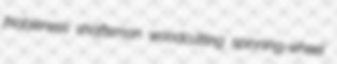
friableness shaftsman woodcutting spinning-wheel